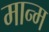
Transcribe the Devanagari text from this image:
मान्म